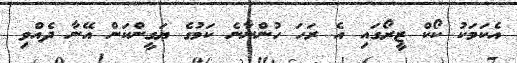
އެކަމަކު ކޯކް ޒީރޯގައި އެ ރަހަ ހުންނާނެ ކަމުގެ ޔަގީންކަން އޭނާ ދެއްވި